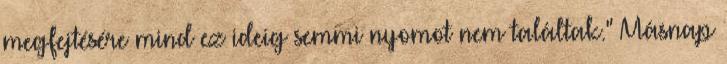
megfejtésére mind ez ideig semmi nyomot nem találtak." Másnap